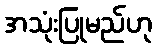
အသုံးပြုမည်ဟု